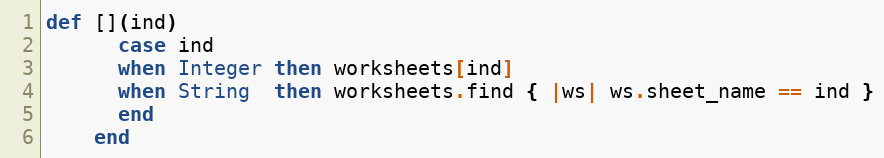
Language: Ruby
def [](ind)
      case ind
      when Integer then worksheets[ind]
      when String  then worksheets.find { |ws| ws.sheet_name == ind }
      end
    end